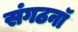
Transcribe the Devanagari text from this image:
संगठनॉ